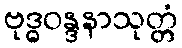
ဗုဒ္ဓဝန္ဒနာသုတ္တံ